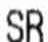
SR